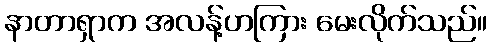
နာတာရှာက အလန့်ဟကြား မေးလိုက်သည်။